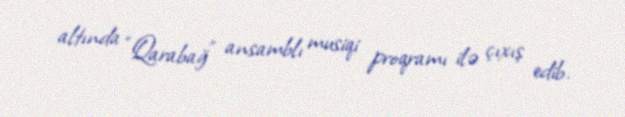
altında “Qarabağ” ansamblı musiqi proqramı ilə çıxış edib.